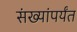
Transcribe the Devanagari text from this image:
संख्यांपर्यंत